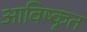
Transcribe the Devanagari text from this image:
आविष्‍कृत